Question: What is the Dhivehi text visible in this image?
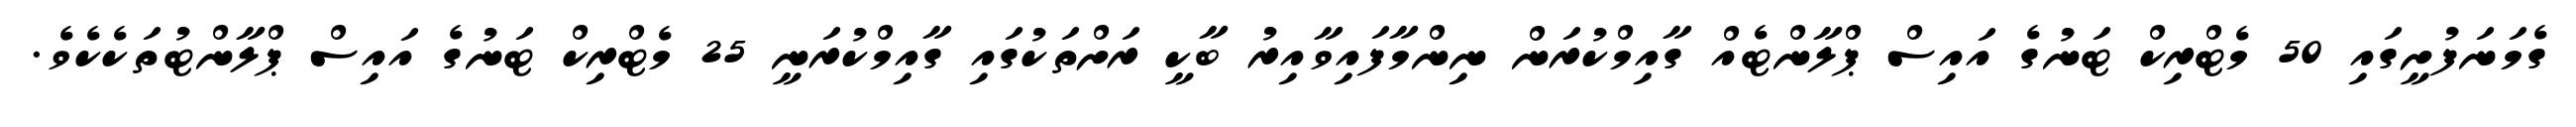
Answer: ގެމަނަފުށީގައި 50 މެޓްރިކް ޓަނުގެ އައިސް ޕްލާންޓެއް ގާއިމްކުރަން ނިންމާފައިވާއިރު ބާކީ ރަށްތަކުގައި ގާއިމްކުރަނީ 25 މެޓްރިކް ޓަނުގެ އައިސް ޕްލާންޓުތަކެކެވެ.